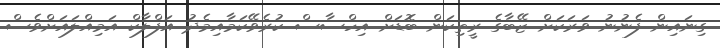
ގިނައިން ފެނުނު ވަރަކަށް ޒޭބާގެ ރީތިކަން ބޮޑަށް އިހްސާސް ކުރެވޭކަމާއިމެދު އަފްލާކް އަމިއްލައަށްވެސް